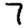
Digit: 7